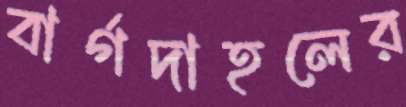
বার্গদাহলের